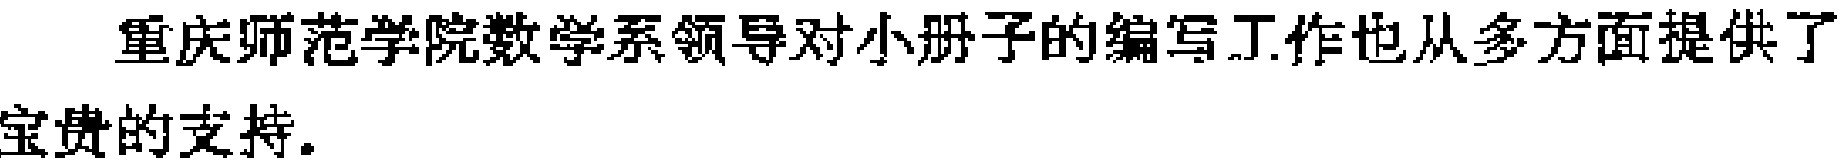
重庆师范学院数学系领导对小册子的编写工作也从多方面提供了宝贵的支持。